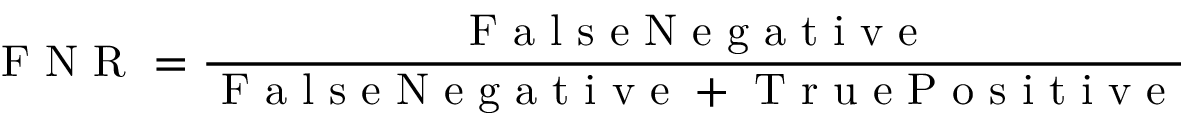
\textrm { F N R } = \frac { \textrm { F a l s e N e g a t i v e } } { \textrm { F a l s e N e g a t i v e } + \textrm { T r u e P o s i t i v e } }